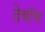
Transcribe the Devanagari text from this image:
देवॉय